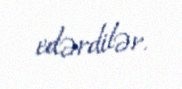
edərdilər.